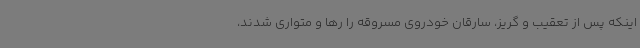
اینکه پس از تعقیب و گریز، سارقان خودروی مسروقه را رها و متواری شدند،